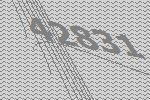
42831